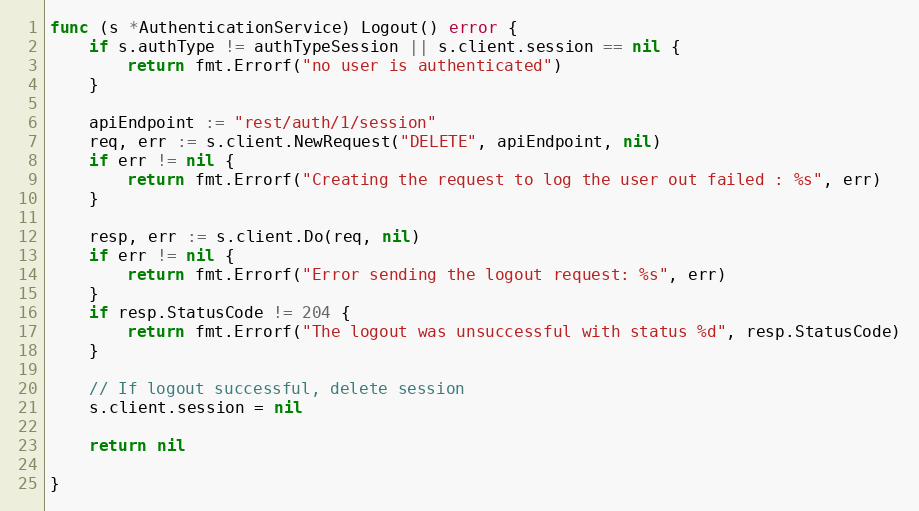
Language: Go
func (s *AuthenticationService) Logout() error {
	if s.authType != authTypeSession || s.client.session == nil {
		return fmt.Errorf("no user is authenticated")
	}

	apiEndpoint := "rest/auth/1/session"
	req, err := s.client.NewRequest("DELETE", apiEndpoint, nil)
	if err != nil {
		return fmt.Errorf("Creating the request to log the user out failed : %s", err)
	}

	resp, err := s.client.Do(req, nil)
	if err != nil {
		return fmt.Errorf("Error sending the logout request: %s", err)
	}
	if resp.StatusCode != 204 {
		return fmt.Errorf("The logout was unsuccessful with status %d", resp.StatusCode)
	}

	// If logout successful, delete session
	s.client.session = nil

	return nil

}